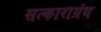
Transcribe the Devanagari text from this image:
सत्काराग्रंथ